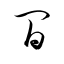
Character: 間